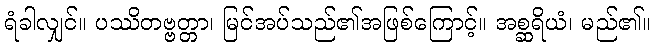
ရံခါလျှင်။ ပဿိတဗ္ဗတ္တာ၊ မြင်အပ်သည်၏အဖြစ်ကြောင့်။ အစ္ဆရိယံ၊ မည်၏။